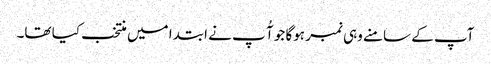
آپ کے سامنے وہی نمبر ہوگا جو آُ پ نے ابتدا میں منتخب کیا تھا۔